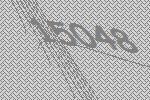
15048